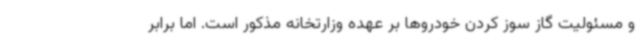
و مسئولیت گاز سوز کردن خودروها بر عهده وزارتخانه مذکور است. اما برابر